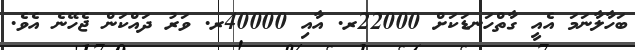
ބަހާލާނަމަ އެއީ ގާތްހަނޑަކަށް 22000ރ. އާއި 40000ރ. ވަރު ދައްކަން ޖެހޭނެ އެވެ.